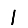
Digit: 1